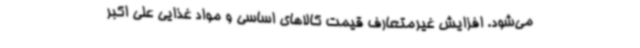
می‌شود. افزایش غیرمتعارف قیمت کالاهای اساسی و مواد غذایی علی اکبر